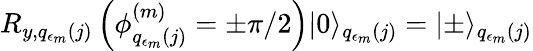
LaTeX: R_{y,q_{\epsilon_{m}}(j)}\left(\phi_{q_{\epsilon_{m}}(j)}^{(m)}=\pm\pi/2\right)|0\rangle_{q_{\epsilon_{m}}(j)}=|\pm\rangle_{q_{\epsilon_{m}}(j)}